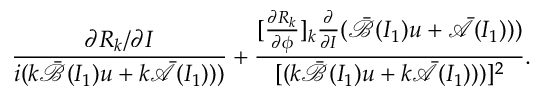
\displaystyle \frac { \partial R _ { k } / \partial I } { i ( k \bar { \mathcal { B } } ( I _ { 1 } ) u + k \bar { \mathcal { A } } ( I _ { 1 } ) ) ) } + \frac { [ \frac { \partial R _ { k } } { \partial \phi } ] _ { k } \frac { \partial } { \partial I } ( \bar { \mathcal { B } } ( I _ { 1 } ) u + \bar { \mathcal { A } } ( I _ { 1 } ) ) ) } { [ ( k \bar { \mathcal { B } } ( I _ { 1 } ) u + k \bar { \mathcal { A } } ( I _ { 1 } ) ) ) ] ^ { 2 } } .